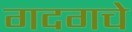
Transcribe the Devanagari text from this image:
गदगचे